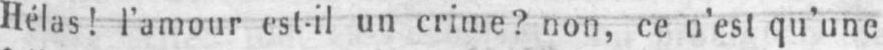
Hélas! l’amour est-il un crime? non, ce n’est qu’une